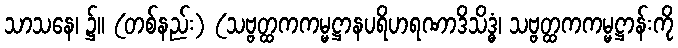
သာသနေ၊ ၌။ (တစ်နည်း) (သဗ္ဗတ္ထကကမ္မဋ္ဌာနပရိဟရဏာဒိသိဒ္ဓံ၊ သဗ္ဗတ္ထကကမ္မဋ္ဌာန်းကို